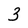
Character: 3